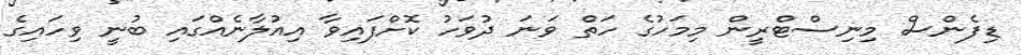
ޑިފެންސް މިނިސްޓްރީން މިމަހުގެ ހަތް ވަނަ ދުވަހު ކޮށްފައިވާ އިއުލާނެއްގައި ބުނީ ވިހައިގެ